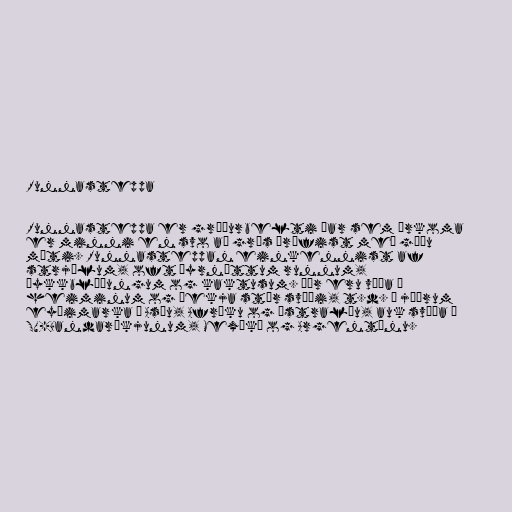
Runnasteppa

Runnasteppa er gróðurbelti þar sem úrkoma
er minni en svo að grös þrífist með góðu
móti. Runnasteppan einkennist af
strjálum, oft þyrnóttum runnum,
þykkblöðungum og kaktusum. Þær eru víða í
heiminum og þekja stór svæði, t.d. á jöðrum
eyðimarka í Asíu, Afríku og Ástralíu, auk svæða í
SV-Bandaríkjunum, Mexíkó og Argentínu.